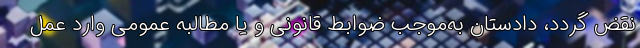
نقض گردد، دادستان به‌موجب ضوابط قانونی و یا مطالبه عمومی وارد عمل